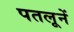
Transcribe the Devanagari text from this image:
पतलूनें